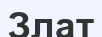
Злат